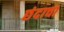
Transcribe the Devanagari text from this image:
छंदाचा